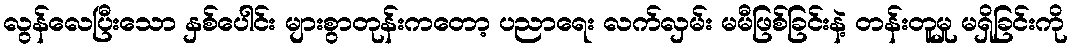
လွန်လေပြီးသော နှစ်ပေါင်း များစွာတုန်းကတော့ ပညာရေး လက်လှမ်း မမီဖြစ်ခြင်းနဲ့ တန်းတူမှု မရှိခြင်းကို